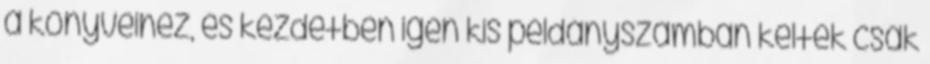
a könyveihez, és kezdetben igen kis példányszámban keltek csak